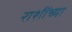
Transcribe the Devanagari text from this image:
राशींच्या